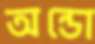
অন্ডো